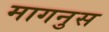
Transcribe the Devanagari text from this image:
मागनुस